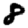
Digit: 8